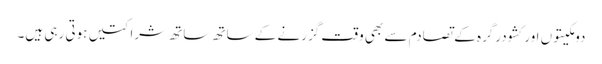
دومکیتوں اور کشودرگرہ کے تصادم سے بھی وقت گزرنے کے ساتھ ساتھ شراکتیں ہوتی رہی ہیں۔